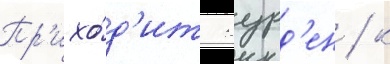
Пр'ихо́д'ит журд'ен / к